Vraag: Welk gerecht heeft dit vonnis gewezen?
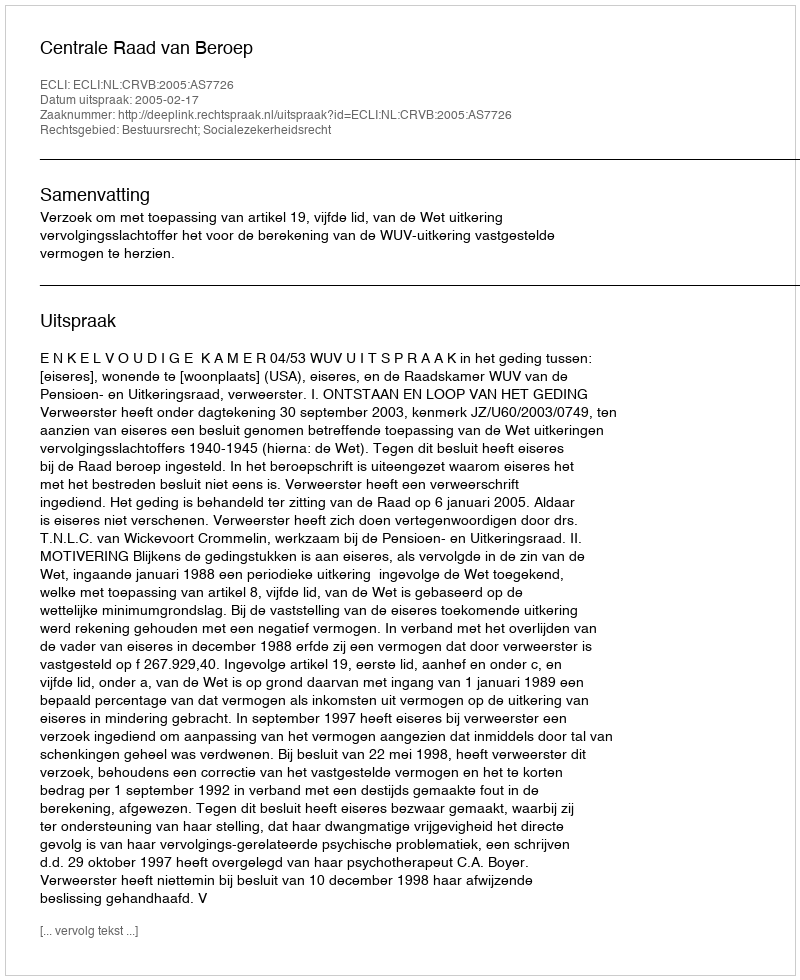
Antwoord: Centrale Raad van Beroep